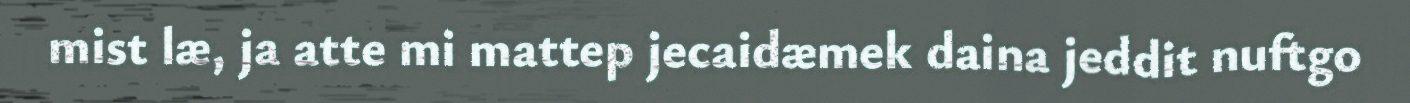
mist læ, ja atte mi mattep jecaidæmek daina jeddit nuftgo